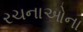
રચનાઓના